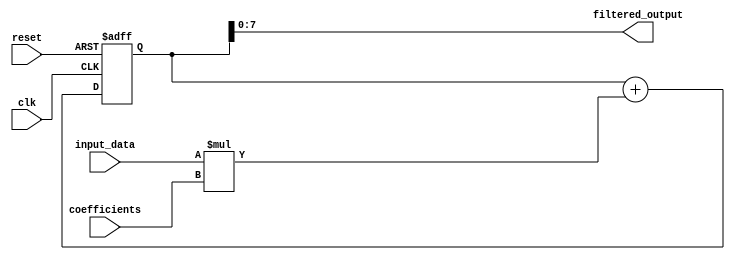
module iir_filter_accumulator (
    input wire clk,
    input wire reset,
    input wire [7:0] input_data,
    input wire [7:0] coefficients,
    output reg [7:0] filtered_output
);

reg [15:0] accumulator;

always @(posedge clk or posedge reset) begin
    if (reset) begin
        accumulator <= 16'h0000;
    end else begin
        accumulator <= accumulator + (input_data * coefficients);
    end
end

assign filtered_output = accumulator[7:0];

endmodule